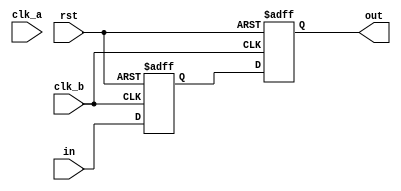
//////////////////////////////////////////////////////////////////////
////                                                              ////
//// WISHBONE SD Card Controller IP Core                          ////
////                                                              ////
//// bistable_domain_cross.v                                      ////
////                                                              ////
//// This file is part of the WISHBONE SD Card                    ////
//// Controller IP Core project                                   ////
//// http://opencores.org/project,sd_card_controller              ////
////                                                              ////
//// Description                                                  ////
//// Clock synchronisation beetween two clock domains.            ////
//// Assumption is that input signal duration has to be at least  ////
//// one clk_b clock period.                                      //// 
////                                                              ////
//// Author(s):                                                   ////
////     - Marek Czerski, ma.czerski@gmail.com                    ////
////                                                              ////
//////////////////////////////////////////////////////////////////////
////                                                              ////
//// Copyright (C) 2013 Authors                                   ////
////                                                              ////
//// This source file may be used and distributed without         ////
//// restriction provided that this copyright statement is not    ////
//// removed from the file and that any derivative work contains  ////
//// the original copyright notice and the associated disclaimer. ////
////                                                              ////
//// This source file is free software; you can redistribute it   ////
//// and/or modify it under the terms of the GNU Lesser General   ////
//// Public License as published by the Free Software Foundation; ////
//// either version 2.1 of the License, or (at your option) any   ////
//// later version.                                               ////
////                                                              ////
//// This source is distributed in the hope that it will be       ////
//// useful, but WITHOUT ANY WARRANTY; without even the implied   ////
//// warranty of MERCHANTABILITY or FITNESS FOR A PARTICULAR      ////
//// PURPOSE. See the GNU Lesser General Public License for more  ////
//// details.                                                     ////
////                                                              ////
//// You should have received a copy of the GNU Lesser General    ////
//// Public License along with this source; if not, download it   ////
//// from http://www.opencores.org/lgpl.shtml                     ////
////                                                              ////
//////////////////////////////////////////////////////////////////////

module bistable_domain_cross(
    rst,
    clk_a,
    in,
    clk_b,
    out
);
parameter width = 1;
input rst;
input clk_a;
input [width-1:0] in;
input clk_b;
output [width-1:0] out;

// We use a two-stages shift-register to synchronize in to the clk_b clock domain
reg [width-1:0] sync_clk_b [1:0];
always @(posedge clk_b or posedge rst)
begin
    if (rst == 1) begin
        sync_clk_b[0] <= 0;
        sync_clk_b[1] <= 0;
    end else begin
        sync_clk_b[0] <= in;
        sync_clk_b[1] <= sync_clk_b[0];
    end
end

assign out = sync_clk_b[1];  // new signal synchronized to (=ready to be used in) clk_b domain

endmodule